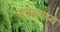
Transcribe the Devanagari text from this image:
सदरामध्ये